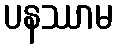
ပနဿာမ